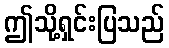
ဤသို့ရှင်းပြသည်